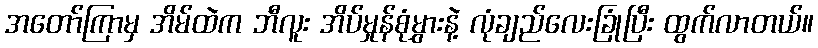
အတော်ကြာမှ အိမ်ထဲက ဘီလူး အိပ်မှုန်စုံမွှားနဲ့ လုံချည်လေးခြုံပြီး ထွက်လာတယ်။